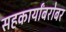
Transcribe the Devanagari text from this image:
सहकार्यांबरोबर